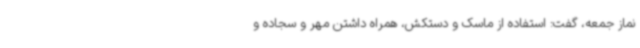
نماز جمعه، گفت: استفاده از ماسک و دستکش، همراه داشتن مهر و سجاده و